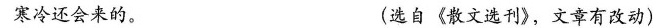
寒冷还会来的。 (选自《散文选刊》，文章有改动